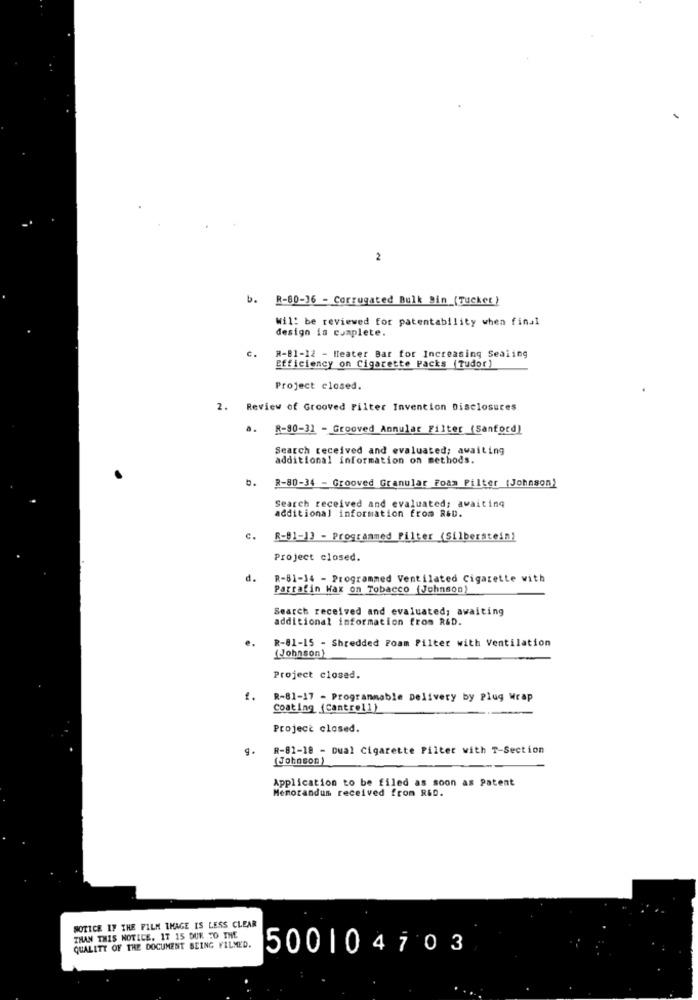
2
R-80-16 - Corrugated Bulk Bin (Tucker)
Will be reviewed for patentability when finu1
design is complete.
c.
R-81-12 - Heater Bar for Increasing Sealing
Efficiency on Cigarette Packs (Tudor)
Project closed.
2. Review of Grooved Filter Invention Disclosures
a.
R-90-31 - Grooved Annular Filter (Sanford)
Search received and evaluated; awaiting
additional information on methods.
b.
R-80-34 - Grooved Granular Foam Pilter (Johnson)
Search received and evaluated; awaiting
additional information from R&D.
c.
R-81-13 - Programmed Filter (Silberstein)
Project closed.
d.
R-81-14 - Programmed Ventilated Cigarette with
Parrafin Wax on Tobacco (Johnson)
Search received and evaluated; awaiting
additional information from R&D.
R-81-15 - Shredded Foam Filter with Ventilation
(Johnson)
Project closed.
R-81-17 - Programmable Delivery by Plug Wrap
Coating (Cantrell)
Project closed.
R-82-18 - Dual Cigarette Filter with T-Section
(Johnson)
Application to be filed as soon as Patent
Memorandum received from R&D.
NOTICE IF THE FILM THAGE IS LESS CLEAR
THAN THIS NOTICE. IT 15 DUR TO THE
QUALITY OF THE DOCUMENT BEING FILMED.
500104703